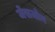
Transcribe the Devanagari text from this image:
जेंसजोन